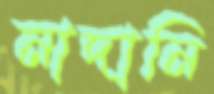
নাদানি